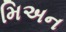
મિઅન